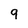
Character: q